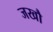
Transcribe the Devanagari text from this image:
जखौ